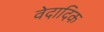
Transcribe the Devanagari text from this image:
वेदादिक